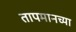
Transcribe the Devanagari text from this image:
तापमानच्या